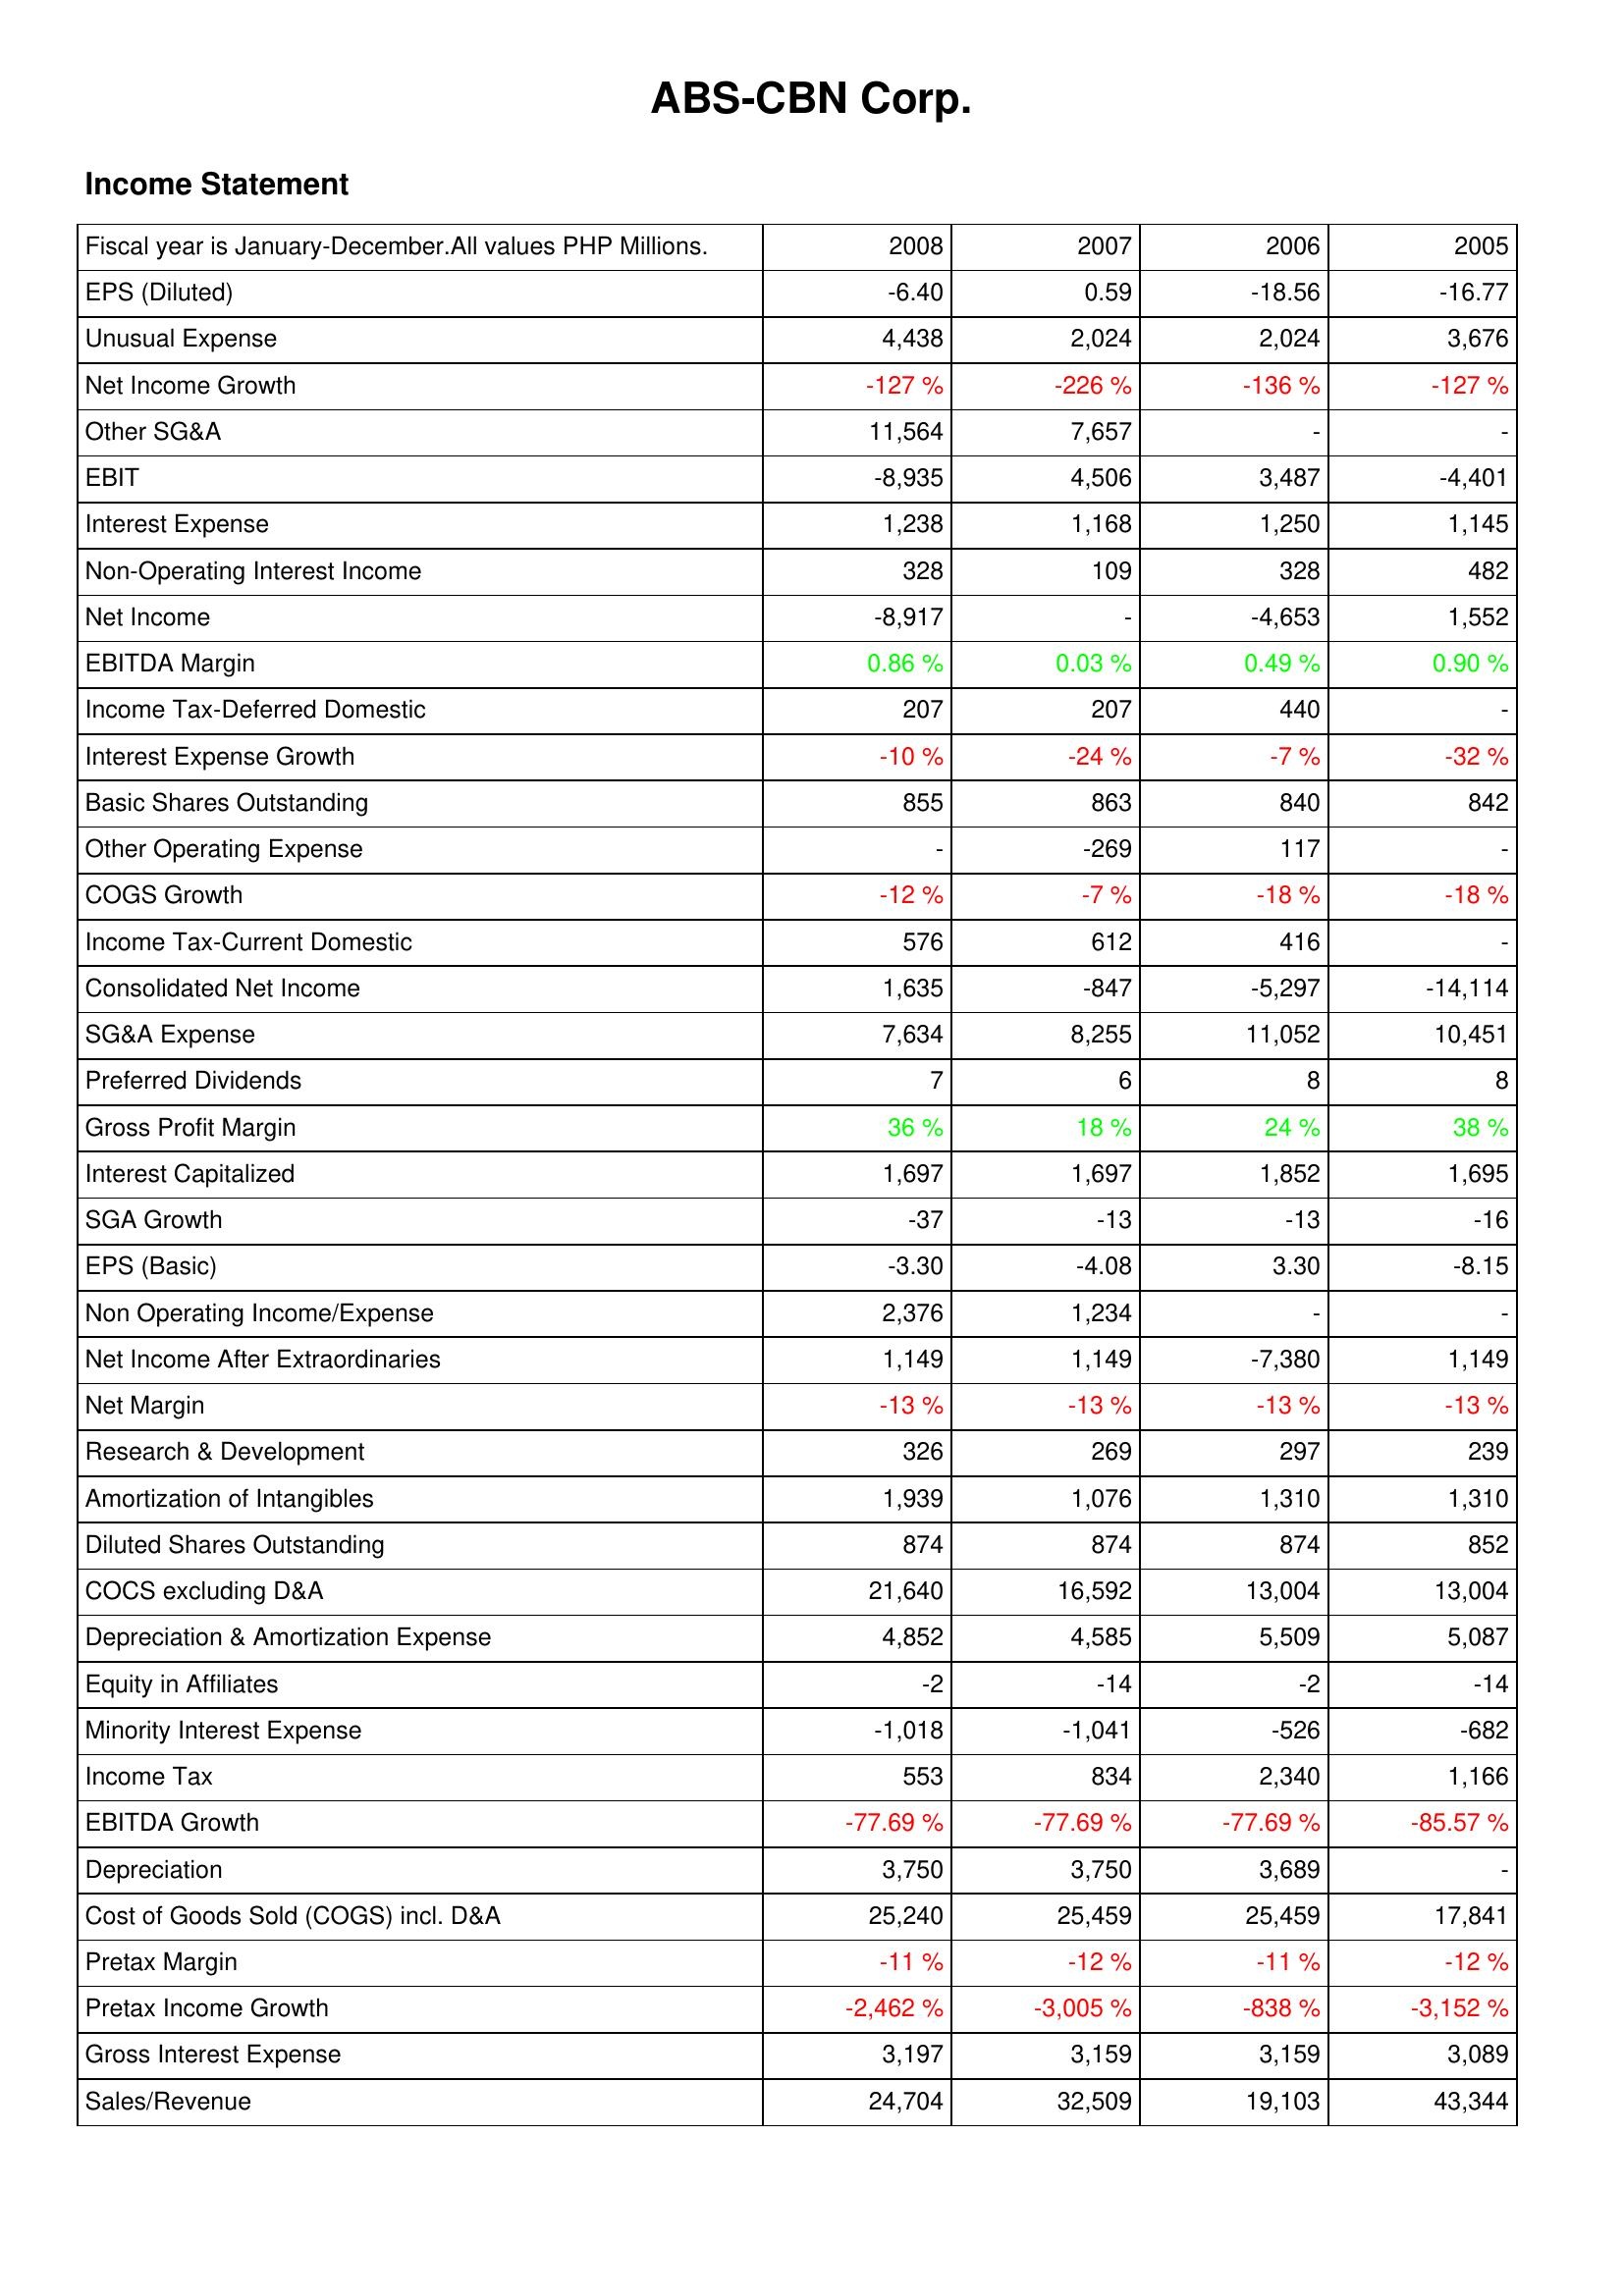
2008: Income Statement: EPS (Diluted): -6.40
Unusual Expense: 4,438
Net Income Growth: -127 %
Other SG&A: 11,564
EBIT: -8,935
Interest Expense: 1,238
Non-Operating Interest Income: 328
Net Income: -8,917
EBITDA Margin: 0.86 %
Income Tax-Deferred Domestic: 207
Interest Expense Growth: -10 %
Basic Shares Outstanding: 855
Other Operating Expense: -
COGS Growth: -12 %
Income Tax-Current Domestic: 576
Consolidated Net Income: 1,635
SG&A Expense: 7,634
Preferred Dividends: 7
Gross Profit Margin: 36 %
Interest Capitalized: 1,697
SGA Growth: -37
EPS (Basic): -3.30
Non Operating Income/Expense: 2,376
Net Income After Extraordinaries: 1,149
Net Margin: -13 %
Research & Development: 326
Amortization of Intangibles: 1,939
Diluted Shares Outstanding: 874
COCS excluding D&A: 21,640
Depreciation & Amortization Expense: 4,852
Equity in Affiliates: -2
Minority Interest Expense: -1,018
Income Tax: 553
EBITDA Growth: -77.69 %
Depreciation: 3,750
Cost of Goods Sold (COGS) incl. D&A: 25,240
Pretax Margin: -11 %
Pretax Income Growth: -2,462 %
Gross Interest Expense: 3,197
Sales/Revenue: 24,704
2007: Income Statement: EPS (Diluted): 0.59
Unusual Expense: 2,024
Net Income Growth: -226 %
Other SG&A: 7,657
EBIT: 4,506
Interest Expense: 1,168
Non-Operating Interest Income: 109
Net Income: -
EBITDA Margin: 0.03 %
Income Tax-Deferred Domestic: 207
Interest Expense Growth: -24 %
Basic Shares Outstanding: 863
Other Operating Expense: -269
COGS Growth: -7 %
Income Tax-Current Domestic: 612
Consolidated Net Income: -847
SG&A Expense: 8,255
Preferred Dividends: 6
Gross Profit Margin: 18 %
Interest Capitalized: 1,697
SGA Growth: -13
EPS (Basic): -4.08
Non Operating Income/Expense: 1,234
Net Income After Extraordinaries: 1,149
Net Margin: -13 %
Research & Development: 269
Amortization of Intangibles: 1,076
Diluted Shares Outstanding: 874
COCS excluding D&A: 16,592
Depreciation & Amortization Expense: 4,585
Equity in Affiliates: -14
Minority Interest Expense: -1,041
Income Tax: 834
EBITDA Growth: -77.69 %
Depreciation: 3,750
Cost of Goods Sold (COGS) incl. D&A: 25,459
Pretax Margin: -12 %
Pretax Income Growth: -3,005 %
Gross Interest Expense: 3,159
Sales/Revenue: 32,509
2006: Income Statement: EPS (Diluted): -18.56
Unusual Expense: 2,024
Net Income Growth: -136 %
Other SG&A: -
EBIT: 3,487
Interest Expense: 1,250
Non-Operating Interest Income: 328
Net Income: -4,653
EBITDA Margin: 0.49 %
Income Tax-Deferred Domestic: 440
Interest Expense Growth: -7 %
Basic Shares Outstanding: 840
Other Operating Expense: 117
COGS Growth: -18 %
Income Tax-Current Domestic: 416
Consolidated Net Income: -5,297
SG&A Expense: 11,052
Preferred Dividends: 8
Gross Profit Margin: 24 %
Interest Capitalized: 1,852
SGA Growth: -13
EPS (Basic): 3.30
Non Operating Income/Expense: -
Net Income After Extraordinaries: -7,380
Net Margin: -13 %
Research & Development: 297
Amortization of Intangibles: 1,310
Diluted Shares Outstanding: 874
COCS excluding D&A: 13,004
Depreciation & Amortization Expense: 5,509
Equity in Affiliates: -2
Minority Interest Expense: -526
Income Tax: 2,340
EBITDA Growth: -77.69 %
Depreciation: 3,689
Cost of Goods Sold (COGS) incl. D&A: 25,459
Pretax Margin: -11 %
Pretax Income Growth: -838 %
Gross Interest Expense: 3,159
Sales/Revenue: 19,103
2005: Income Statement: EPS (Diluted): -16.77
Unusual Expense: 3,676
Net Income Growth: -127 %
Other SG&A: -
EBIT: -4,401
Interest Expense: 1,145
Non-Operating Interest Income: 482
Net Income: 1,552
EBITDA Margin: 0.90 %
Income Tax-Deferred Domestic: -
Interest Expense Growth: -32 %
Basic Shares Outstanding: 842
Other Operating Expense: -
COGS Growth: -18 %
Income Tax-Current Domestic: -
Consolidated Net Income: -14,114
SG&A Expense: 10,451
Preferred Dividends: 8
Gross Profit Margin: 38 %
Interest Capitalized: 1,695
SGA Growth: -16
EPS (Basic): -8.15
Non Operating Income/Expense: -
Net Income After Extraordinaries: 1,149
Net Margin: -13 %
Research & Development: 239
Amortization of Intangibles: 1,310
Diluted Shares Outstanding: 852
COCS excluding D&A: 13,004
Depreciation & Amortization Expense: 5,087
Equity in Affiliates: -14
Minority Interest Expense: -682
Income Tax: 1,166
EBITDA Growth: -85.57 %
Depreciation: -
Cost of Goods Sold (COGS) incl. D&A: 17,841
Pretax Margin: -12 %
Pretax Income Growth: -3,152 %
Gross Interest Expense: 3,089
Sales/Revenue: 43,344